Plague in India, 1896, 1897 - Volume 2
Year: 1896
Disease focus: Plague
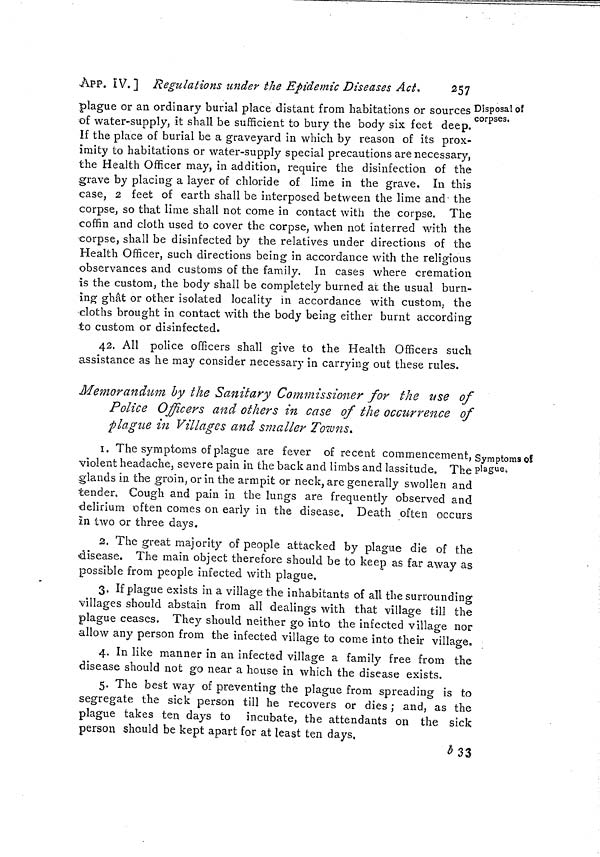
257
APP. IV. ] Regulations under the Epidemic Diseases Áct.
Disposal of
corpses.
plague or an ordinary burial place distant from habitations or sources
of water-supply, it shall be sufficient to bury the body six feet deep.
If the place of burial be a graveyard in which by reason of its prox-
imity to habitations or water-supply special precautions are necessary,
the Health Officer may, in addition, require the disinfection of the
grave by placing a layer of chloride of lime in the grave. In this
case, 2 feet of earth shall be interposed between the lime and the
corpse, so that lime shall not come in contact with the corpse. The
coffin and cloth used to cover the corpse, when not interred with the
corpse, shall be disinfected by the relatives under directions of the
Health Officer, such directions being in accordance with the religious
observances and customs of the family. In cases v/here cremation
is the custom, the body shall be completely burned at the usual burn-
ing ghat or other isolated locality in accordance with custom, the
cloths brought in contact with the body being either burnt according
to custom or disinfected.
42. All police officers shall give to the Health Officers such
assistance as he may consider necessary in carrying out these rules.
Memorandum by the Sanitary Commissioner for the use of
Police Officers and others in case of the occurrence of
plague in Villages and smaller Towns.
Symptoms oí
plague-.
1. The symptoms of plague are fever of recent commencement,
violent headache, severe pain in the back and limbs and lassitude. The
glands in the groin, or in the armpit or neck, are generally swollen and
tender. Cough and pain in the lungs are frequently observed and
delirium often comes on early in the disease. Death often occurs
in two or three days.
2. The great majority of people attacked by plague die of the
disease. The main object therefore should be to keep as far away as
possible from people infected with plague.
3. If plague exists in a village the inhabitants of all the surrounding
villages should abstain from all dealings with that village till the
plague ceases. They should neither go into the infected village nor
allow any person from the infected village to come into their village,
4. In like manner in an infected village a family free from the
disease should not go near a house in which the disease exists.
5. The best way of preventing the plague from spreading is to
segregate the sick person till he recovers or dies ; and, as the
plague takes ten days to incubate, the attendants on the sick
person should be kept apart for at least ten days,
b33